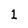
Character: 1